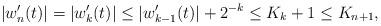
LaTeX: \begin{align*}|w_n'(t) | = |w_k'(t)| \leq |w_{k-1}'(t)| + 2^{-k} \leq K_k + 1 \leq K_{n+1},\end{align*}